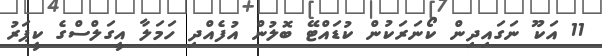
11 އަކޫ ނަގައިދިން ކޯނަރަކުން ކުޑައްޓޭ ބޮލުން އުފެއްދި ހަމަލާ އީގަލްސްގެ ކީޕަރު